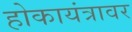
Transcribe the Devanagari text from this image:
होकायंत्रावर